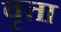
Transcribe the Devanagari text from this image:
वृत्ता